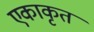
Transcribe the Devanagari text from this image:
एकाकृत